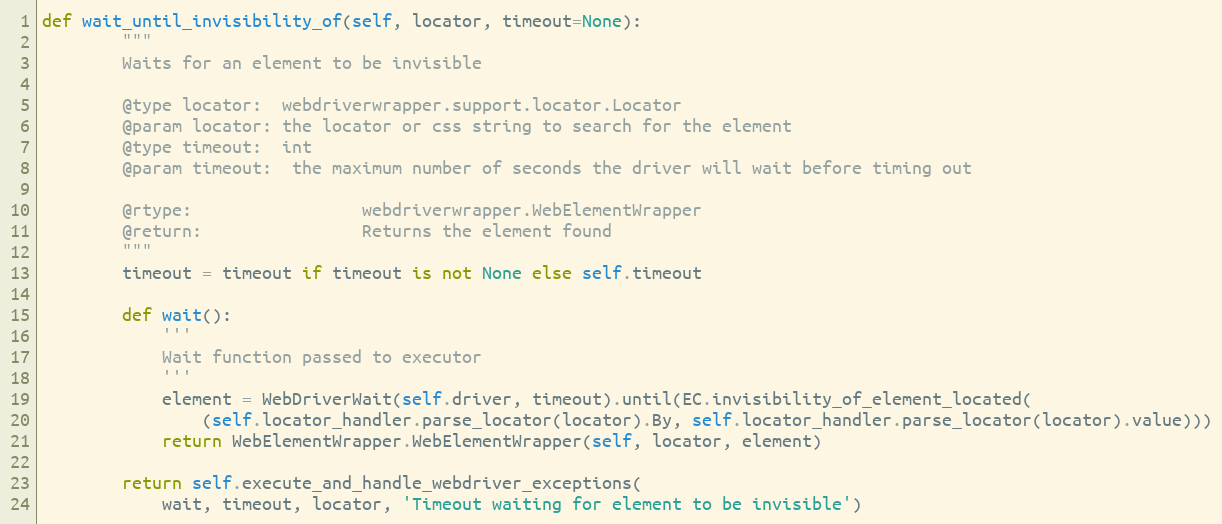
Language: Python
def wait_until_invisibility_of(self, locator, timeout=None):
        """
        Waits for an element to be invisible

        @type locator:  webdriverwrapper.support.locator.Locator
        @param locator: the locator or css string to search for the element
        @type timeout:  int
        @param timeout:  the maximum number of seconds the driver will wait before timing out

        @rtype:                 webdriverwrapper.WebElementWrapper
        @return:                Returns the element found
        """
        timeout = timeout if timeout is not None else self.timeout

        def wait():
            '''
            Wait function passed to executor
            '''
            element = WebDriverWait(self.driver, timeout).until(EC.invisibility_of_element_located(
                (self.locator_handler.parse_locator(locator).By, self.locator_handler.parse_locator(locator).value)))
            return WebElementWrapper.WebElementWrapper(self, locator, element)

        return self.execute_and_handle_webdriver_exceptions(
            wait, timeout, locator, 'Timeout waiting for element to be invisible')